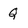
Character: Q